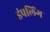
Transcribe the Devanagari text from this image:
डंपलिंग